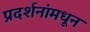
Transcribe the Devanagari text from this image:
प्रदर्शनांमधून